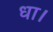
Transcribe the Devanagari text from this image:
धा।